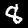
Label: 8